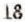
18